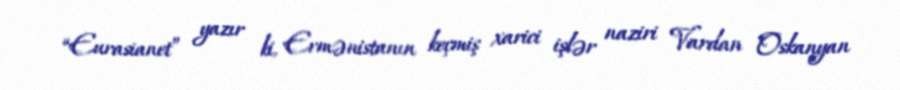
“Eurasianet” yazır ki, Ermənistanın keçmiş xarici işlər naziri Vardan Oskanyan